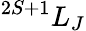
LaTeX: ^{2S+1}L_{J}